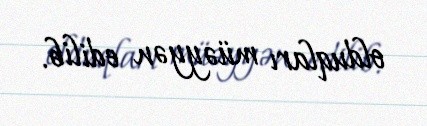
olduqları müəyyən edilib.